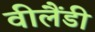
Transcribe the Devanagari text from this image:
वीलैंडी